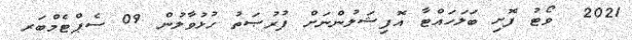
2021  ވޯޓު ފޮށި ބަލަހައްޓާ އޮފިޝަލުންނަށް ފުރުޞަތު ހުޅުވާލުން 09 ސެޕްޓެމްބަރ